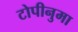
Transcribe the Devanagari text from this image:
टोपीनुमा